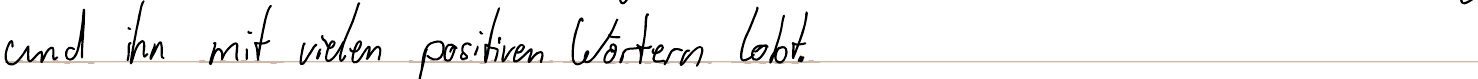
und ihn mit vielen positiven Wörtern lobt.